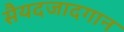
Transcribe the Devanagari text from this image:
सैयदजादगान